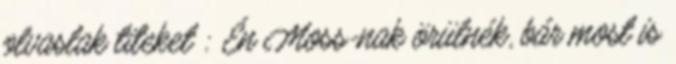
olvaslak titeket : Én Moss-nak örülnék, bár most is